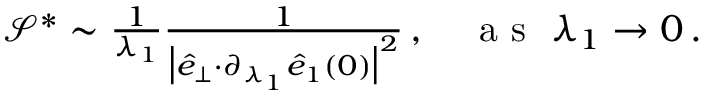
\begin{array} { r } { \mathcal { S } ^ { * } \sim \frac { 1 } { \lambda _ { 1 } } \frac { 1 } { \big \vert \hat { e } _ { \perp } { \cdot } \partial _ { \lambda _ { 1 } } \hat { e } _ { 1 } ( 0 ) \big \vert ^ { 2 } } \, , ~ ~ ~ \mathrm { ~ a ~ s ~ } ~ \lambda _ { 1 } \rightarrow 0 \, . } \end{array}